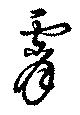
霄